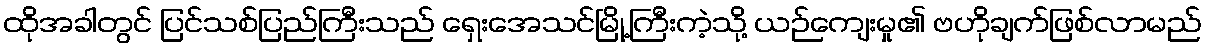
ထိုအခါတွင် ပြင်သစ်ပြည်ကြီးသည် ရှေးအေသင်မြို့ကြီးကဲ့သို့ ယဉ်ကျေးမှု၏ ဗဟိုချက်ဖြစ်လာမည်